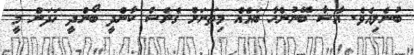
ބުނެލިއެވެ. އާޝާ ބޭނުންހާ ބައެއް މިތަނަށް ގެނެސް ކާންދީ ބޯންދީ ހަދަން މީ